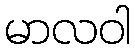
မာလဝါ